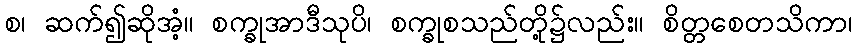
စ၊ ဆက်၍ဆိုအံ့။ စက္ခုအာဒီသုပိ၊ စက္ခုစသည်တို့၌လည်း။ စိတ္တစေတသိကာ၊